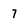
Character: 7